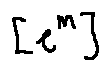
[ e ^ { m } ]